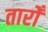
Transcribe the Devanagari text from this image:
तारोँ